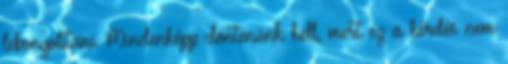
lebonyolítani. Mindenképp döntenünk kell, mert ez a kérdés nem